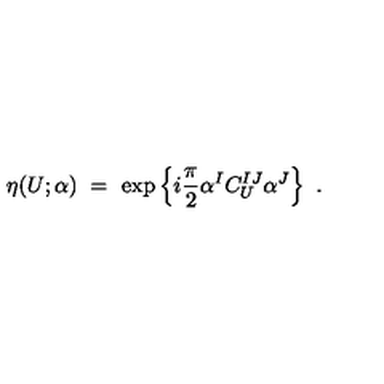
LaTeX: \eta ( U ; \alpha ) \ = \ \exp \left\{ i \frac { \pi } { 2 } \alpha ^ { I } C _ { U } ^ { I J } \alpha ^ { J } \right\} \ .